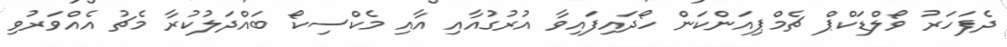
ދެފަހަރު ވޯލްޑަކްޕް ޗެމްޕިއަންކަން ހޯދައިފައިވާ އުރުގުއާއި އާއި މެކްސިކޯ ބައްދަލުކުރާ މެޗު އެއްވަރުވި